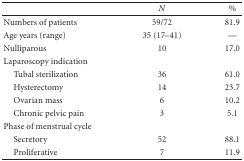
<table><thead><tr><td></td><td><b><i>N</i></b></td><td><b>%</b></td></tr></thead><tbody><tr><td>Numbers of patients</td><td>59/72</td><td>81.9</td></tr><tr><td>Age years (range)</td><td>35 (17–41)</td><td>—</td></tr><tr><td>Nulliparous</td><td>10</td><td>17.0</td></tr><tr><td>Laparoscopy indication</td><td></td><td></td></tr><tr><td><i> </i>Tubal sterilization</td><td>36</td><td>61.0</td></tr><tr><td><i> </i>Hysterectomy</td><td>14</td><td>23.7</td></tr><tr><td><i> </i>Ovarian mass</td><td> 6</td><td>10.2</td></tr><tr><td><i> </i>Chronic pelvic pain</td><td> 3</td><td>5.1</td></tr><tr><td>Phase of menstrual cycle</td><td></td><td></td></tr><tr><td><i> </i>Secretory</td><td> 52</td><td>88.1</td></tr><tr><td><i> </i>Proliferative</td><td> 7</td><td>11.9</td></tr></tbody></table>